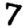
Digit: 7